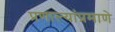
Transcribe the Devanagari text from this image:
प्रणाल्यांप्रमाणे